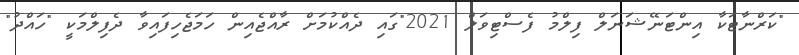
"ކަރްނާޓަކާ އިންޓަނޭޝަނަލް ފިލްމު ފެސްޓިވަލް 2021"ގައި ދެއްކުމަށް ރާއްޖެއިން ހަމަޖެހިފައިވާ ދެފިލްމަކީ "ހައްދު"